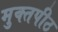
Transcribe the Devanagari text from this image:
मुक्‍तपीठ